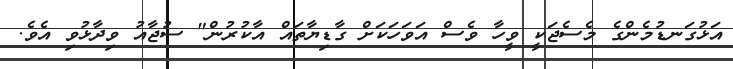
އަޅުގަނޑުމެންގެ މެސެޖަކީ ވީހާ ވެސް އަވަހަކަށް ގާޑިޔާތައް އާކުރުން" ސުޖާއު ވިދާޅުވި އެވެ.